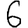
Digit: 6